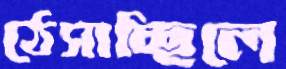
ঠেসাচ্ছিলে